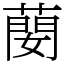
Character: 蔅